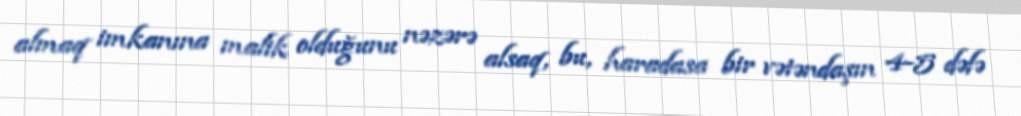
almaq imkanına malik olduğunu nəzərə alsaq, bu, haradasa bir vətəndaşın 4-5 dəfə